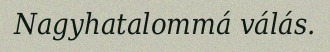
Nagyhatalommá válás.